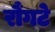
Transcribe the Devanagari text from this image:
रौंगटे